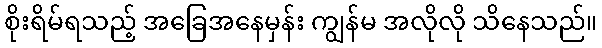
စိုးရိမ်ရသည့် အခြေအနေမှန်း ကျွန်မ အလိုလို သိနေသည်။